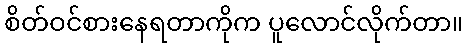
စိတ်ဝင်စားနေရတာကိုက ပူလောင်လိုက်တာ။